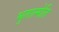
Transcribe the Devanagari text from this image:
भुतात्मेति